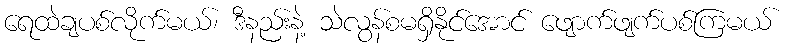
ရေထဲချပစ်လိုက်မယ်၊ ဒီနည်းနဲ့ သဲလွန်စမရှိနိုင်အောင် ဖျောက်ဖျက်ပစ်ကြမယ်